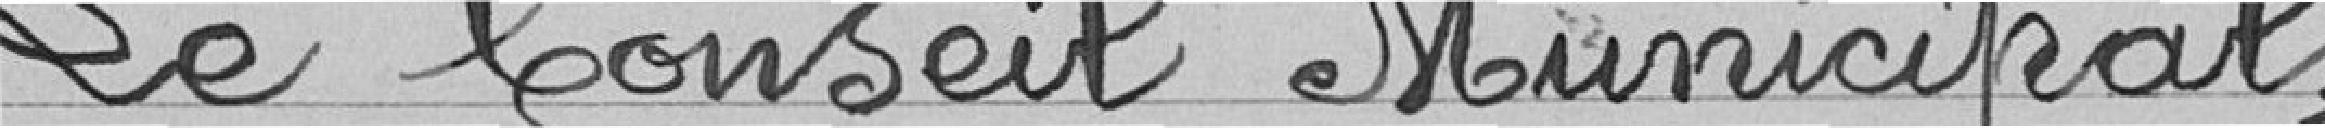
Le Conseil Municipal,